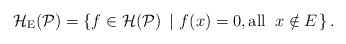
\begin{align*}\mathcal{H}_{\rm E} (\mathcal P)=\left\{ f\in \mathcal{H}(\mathcal P)~\left| ~f(x)=0,{\rm all } \;\;x\notin E\right.\right\} .\end{align*}